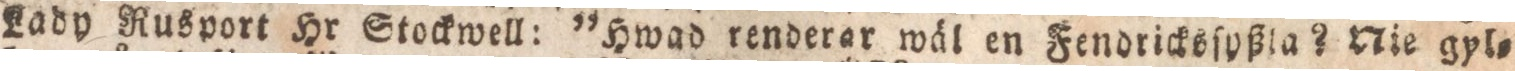
Lady Rusport Hr Stockwell: ”Hwad renderar wäl en Fendricksſyßla? Nie gyls